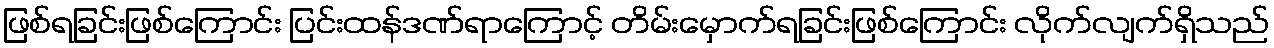
ဖြစ်ရခြင်းဖြစ်ကြောင်း ပြင်းထန်ဒဏ်ရာကြောင့် တိမ်းမှောက်ရခြင်းဖြစ်ကြောင်း လိုက်လျက်ရှိသည်